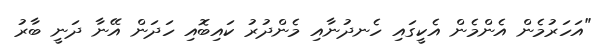
"އަހަރުމެން އެންމެން އެކީގައި ހެނދުނާއި މެންދުރު ކައިބޮއި ހަދަން އޭނާ ދަނީ ބާރު